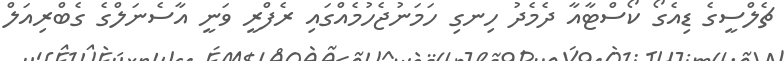
ޗެލްސީގެ ޑިއެގޯ ކޯސްޓާއާ ދެމެދު ހިނގި ހަމަނުޖެހުމެއްގައި ރެފްރީ ވަނީ އާސެނަލްގެ ގެބްރިއަލް